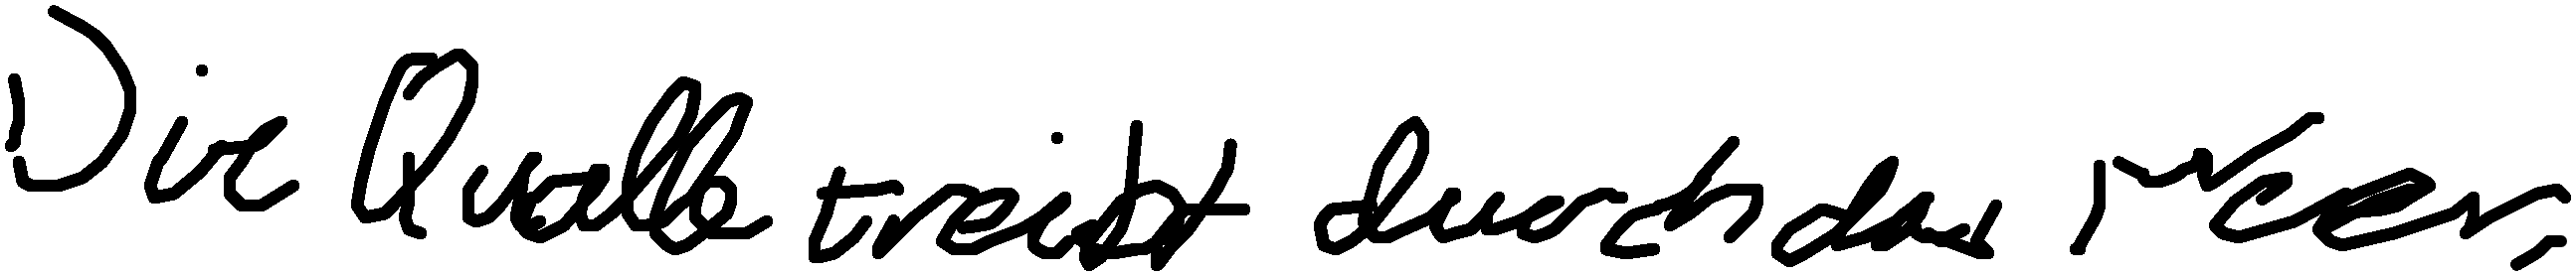
Die Qualle treibt durch das Meer.